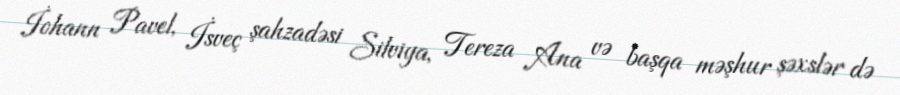
İohann Pavel, İsveç şahzadəsi Silviya, Tereza Ana və başqa məşhur şəxslər də